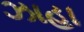
ઝાહા